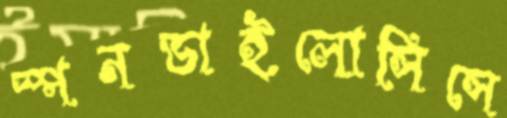
স্পনডাইলোসিসে